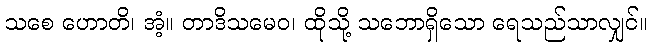
သစေ ဟောတိ၊ အံ့။ တာဒိသမေဝ၊ ထိုသို့ သဘောရှိသော ရေသည်သာလျှင်။